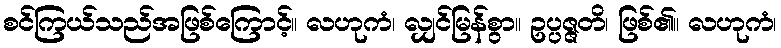
စင်ကြယ်သည်အဖြစ်ကြောင့်။ လဟုကံ၊ လျှင်မြန်စွာ။ ဥပ္ပဇ္ဇတိ၊ ဖြစ်၏။ လဟုကံ၊